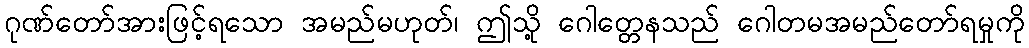
ဂုဏ်တော်အားဖြင့်ရသော အမည်မဟုတ်၊ ဤသို့ ဂေါတ္တေနသည် ဂေါတမအမည်တော်ရမှုကို